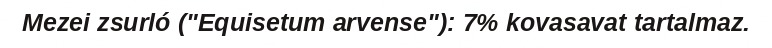
Mezei zsurló ("Equisetum arvense"): 7% kovasavat tartalmaz.